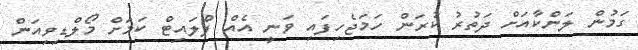
ގަމުން ލަންކާއަށް ދަތުރު ކުރަން ހަަމަޖެހިފައި ވަނީ އެއް ފްލައިޓް ކަމަށް މޯލްޑިވިއަން